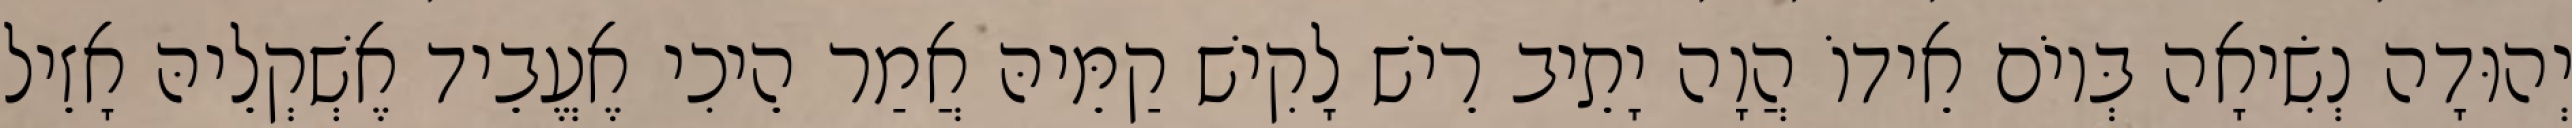
יְהוּדָה נְשִׂיאָה בְּיוֹם אֵידוֹ הֲוָה יָתֵיב רֵישׁ לָקִישׁ קַמֵּיהּ אֲמַר הֵיכִי אֶעֱבֵיד אֶשְׁקְלֵיהּ אָזֵיל